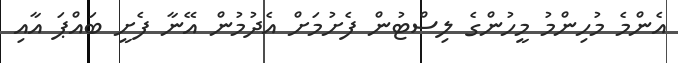
އެންމެ މުހިންމު މީހުންގެ ލިސްޓުން ފެށުމަށް އެދުމުން އޭނާ ފެށީ ބައްޕަ އާއި